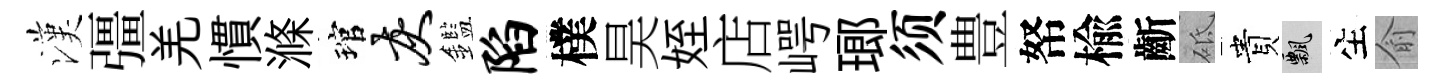
漢彊羌慣滌琯灰鑑陷樸昊姪店崿瑯须豊帑楡齗砥貴飄生俞